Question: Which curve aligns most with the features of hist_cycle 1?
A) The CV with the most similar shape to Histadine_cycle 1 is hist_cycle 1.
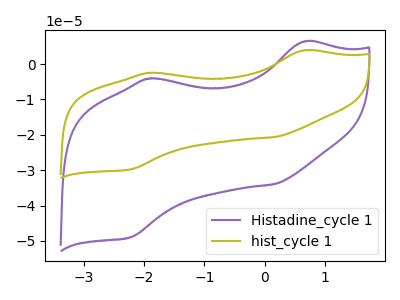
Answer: <think>The purple curve "Histadine_cycle 1" has anodic peaks at (0.65V, 6.40uA) (-1.90V, -4.10uA) and cathodic peaks at (0.15V, -33.95uA) (-2.25V, -48.95uA). The olive curve "hist_cycle 1" has anodic peaks at (0.65V, 3.90uA) (-1.90V, -2.50uA) and cathodic peaks at (0.15V, -20.65uA) (-2.25V, -29.75uA).
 All the peaks in "Histadine_cycle 1" have a peak in "hist_cycle 1" at the same potential.</think>
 <answer>A) The CV with the most similar shape to "Histadine_cycle 1" is "hist_cycle 1".</answer>
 <eval>A</eval>